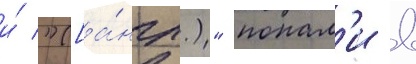
и́ "([а́нгл.)" попал'и в